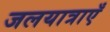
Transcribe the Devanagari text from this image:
जलयात्राएँ